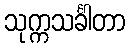
သုက္ကသင်္ခါတာ